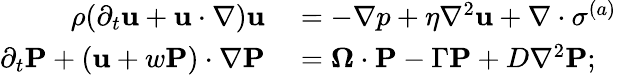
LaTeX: \begin{array}{rl}{\rho(\partial_{t}\mathbf{u}+\mathbf{u}\cdot\nabla)\mathbf{u}}&{{}=-\nabla p+\eta\nabla^{2}\mathbf{u}+\nabla\cdot\mathbf{\sigma}^{(a)}}\\ {\partial_{t}\mathbf{P}+(\mathbf{u}+w\mathbf{P})\cdot\nabla\mathbf{P}}&{{}=\mathbf{\Omega}\cdot\mathbf{P}-\Gamma\mathbf{P}+D\nabla^{2}\mathbf{P};}\end{array}